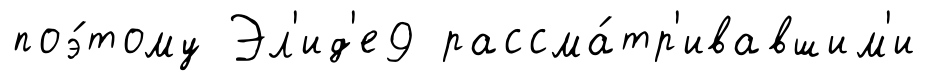
поэ́тому Эл'ид'е9 рассма́тр'ивавшим'и